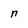
Character: n